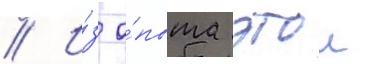
// И́з о́пыта этои